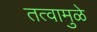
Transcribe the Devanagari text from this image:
तत्वामुळे